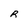
Character: R